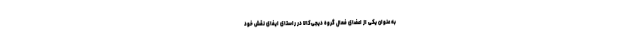
به عنوان یکی از اعضای فعال گروه دیجی‌کالا در راستای ایفای نقش خود